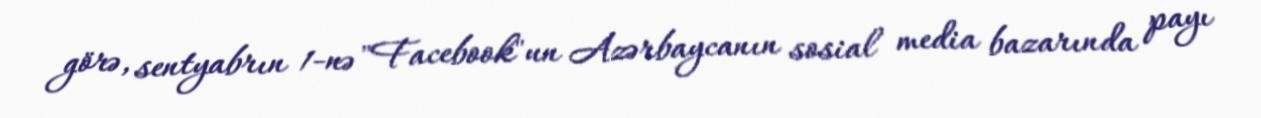
görə, sentyabrın 1-nə "Facebook"un Azərbaycanın sosial media bazarında payı